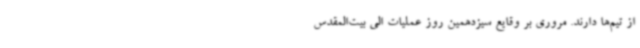
از تیم‌ها دارند. مروری بر وقایع سیزدهمین روز عملیات الی بیت‌المقدس